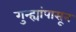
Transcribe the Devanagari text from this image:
गुन्ह्यांपासून